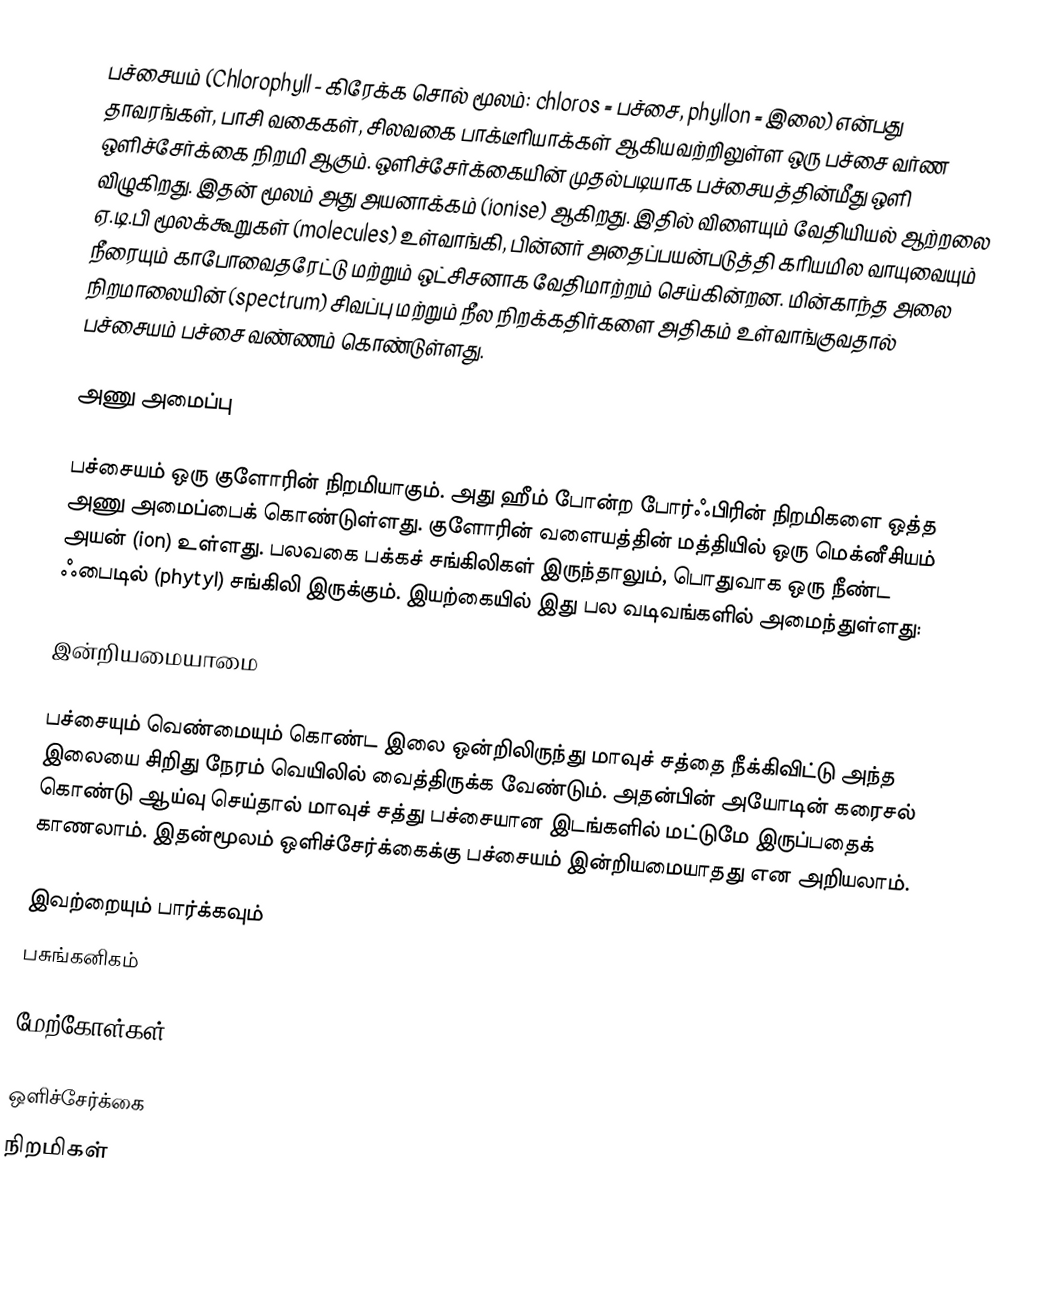
பச்சையம் (Chlorophyll - கிரேக்க சொல் மூலம்: chloros = பச்சை, phyllon = இலை) என்பது தாவரங்கள், பாசி வகைகள், சிலவகை பாக்டீரியாக்கள் ஆகியவற்றிலுள்ள ஒரு பச்சை வர்ண ஒளிச்சேர்க்கை நிறமி ஆகும். ஒளிச்சேர்க்கையின் முதல்படியாக பச்சையத்தின்மீது ஒளி விழுகிறது. இதன் மூலம் அது அயனாக்கம் (ionise) ஆகிறது. இதில் விளையும் வேதியியல் ஆற்றலை ஏ.டி.பி மூலக்கூறுகள் (molecules) உள்வாங்கி, பின்னர் அதைப்பயன்படுத்தி கரியமில வாயுவையும் நீரையும் காபோவைதரேட்டு மற்றும் ஒட்சிசனாக வேதிமாற்றம் செய்கின்றன. மின்காந்த அலை நிறமாலையின் (spectrum) சிவப்பு மற்றும் நீல நிறக்கதிர்களை அதிகம் உள்வாங்குவதால் பச்சையம் பச்சை வண்ணம் கொண்டுள்ளது.

அணு அமைப்பு

பச்சையம் ஒரு குளோரின் நிறமியாகும். அது ஹீம் போன்ற போர்ஃபிரின் நிறமிகளை ஒத்த அணு அமைப்பைக் கொண்டுள்ளது. குளோரின் வளையத்தின் மத்தியில் ஒரு மெக்னீசியம் அயன் (ion) உள்ளது. பலவகை பக்கச் சங்கிலிகள் இருந்தாலும், பொதுவாக ஒரு நீண்ட ஃபைடில் (phytyl) சங்கிலி இருக்கும்.  இயற்கையில் இது பல வடிவங்களில் அமைந்துள்ளது:

இன்றியமையாமை

பச்சையும் வெண்மையும் கொண்ட இலை ஒன்றிலிருந்து மாவுச் சத்தை நீக்கிவிட்டு அந்த இலையை சிறிது நேரம் வெயிலில் வைத்திருக்க வேண்டும். அதன்பின் அயோடின் கரைசல் கொண்டு ஆய்வு செய்தால் மாவுச் சத்து பச்சையான இடங்களில் மட்டுமே இருப்பதைக் காணலாம். இதன்மூலம் ஒளிச்சேர்க்கைக்கு பச்சையம் இன்றியமையாதது என அறியலாம்.

இவற்றையும் பார்க்கவும்
பசுங்கனிகம்

மேற்கோள்கள்

ஒளிச்சேர்க்கை
நிறமிகள்